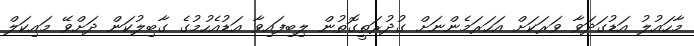
މާހައުލު އަޑުގަދަވާ ވަރަކަށް އަހަރަމެންނަށް ގުދުރަތީގޮތުން ލިބިފައިވާ އަޑުއެހުމުގެ ގާބިލުކަން ދަށްވޭ މައިކަލް